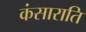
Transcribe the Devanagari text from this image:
कंसाराति